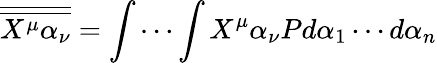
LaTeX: {\overline{{\overline{{X^{\mu}\alpha_{\nu}}}}}}=\int\cdots\int X^{\mu}\alpha_{\nu}Pd\alpha_{1}\cdots d\alpha_{n}